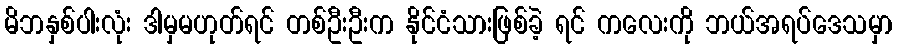
မိဘနှစ်ပါးလုံး ဒါမှမဟုတ်ရင် တစ်ဦးဦးက နိုင်ငံသားဖြစ်ခဲ့ ရင် ကလေးကို ဘယ်အရပ်ဒေသမှာ